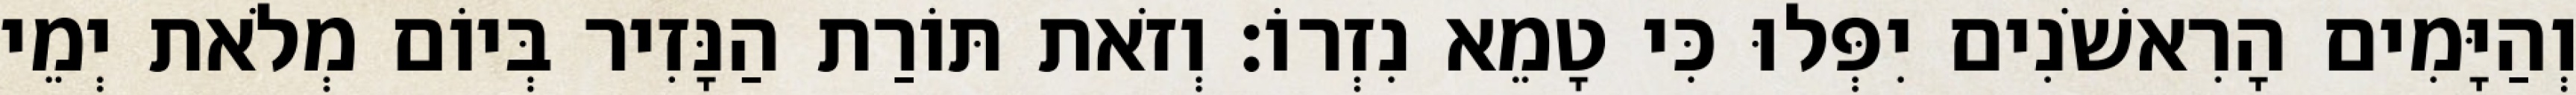
וְהַיָּמִים הָרִאשֹׁנִים יִפְּלוּ כִּי טָמֵא נִזְרוֹ׃ וְזֹאת תּוֹרַת הַנָּזִיר בְּיוֹם מְלֹאת יְמֵי